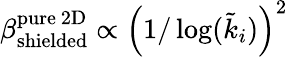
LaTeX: \beta_{\mathrm{shielded}}^{\mathrm{pure~2D}}\propto\left(1/\log(\tilde{k}_{i})\right)^{2}